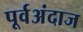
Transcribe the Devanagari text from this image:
पूर्वअंदाज